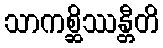
သာကစ္ဆိဿန္တီတိ